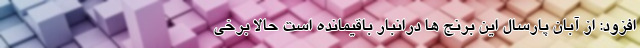
افزود: از آبان پارسال این برنج ها درانبار باقیمانده است حالا برخی